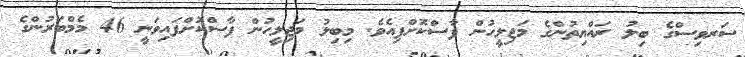
ސަރވިސްގެ ބިލު ރައްޔިތުންގެ މަޖިލީހުން ފާސްކޮށްފިއެވެ. މިބިލު މަޖިލީހުން ފާސްކޮށްފައިވަނީ 46 މެމްބަރުންގެ